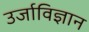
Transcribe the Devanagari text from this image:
उर्जाविज्ञान